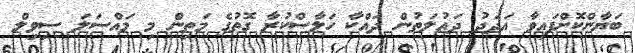
ބަޔާންކޮށްފައިވާ އަދަދު ދައުލަތުން ދައްކާ ހަލާސްކުރާ ގޮތުގެ މަތިން މި މައްސަލަ ސިވިލް